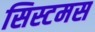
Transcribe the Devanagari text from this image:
सिस्टमस